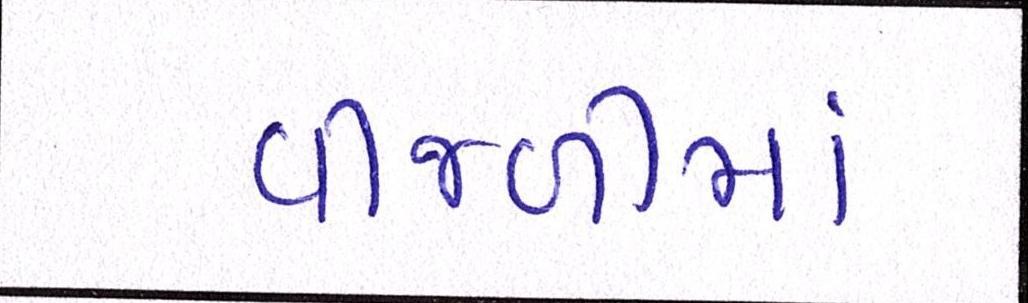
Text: વીજળીમાં